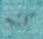
كتبه